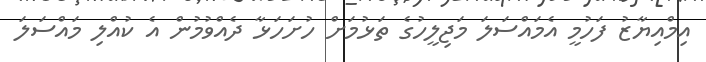
އިމްއިޔާޒު ފަހުމީ އެމައްސަލަ މަޖިލީހުގެ ތަޅުމަށް ހުށަހަޅާ ދެއްވުމުން އެ ކުއްލި މައްސަލަ